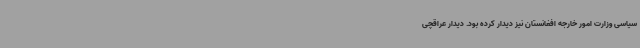
سیاسی وزارت امور خارجه افغانستان نیز دیدار کرده بود. دیدار عراقچی